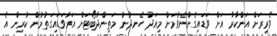
ވެރިރަށް އަންކާރާ އަށް ވަޑައިގެންނެވުމަށް މިއަދު ހެނދުނު މަތިންދާބޯޓަށް އަރާވަޑައިގަތުމުން ކުރިން އެ